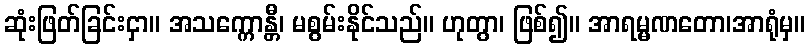
ဆုံးဖြတ်ခြင်းငှာ။ အသက္ကောန္တီ၊ မစွမ်းနိုင်သည်။ ဟုတွာ၊ ဖြစ်၍။ အာရမ္မဏတော၊အာရုံမှ။